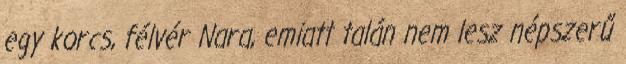
egy korcs, félvér Nara, emiatt talán nem lesz népszerű